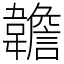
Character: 䪜